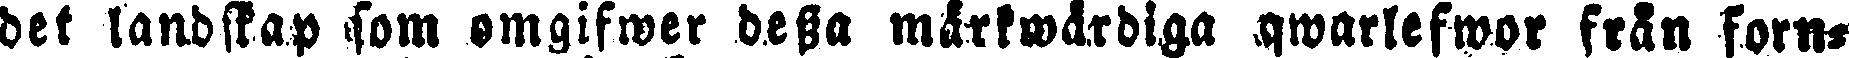
det landskap fom omgifwer dessa märkwärdiga qwarlefwor från forn-